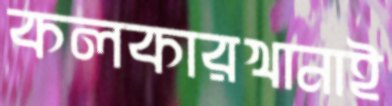
কলকারখানাই